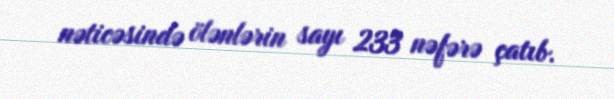
nəticəsində ölənlərin sayı 233 nəfərə çatıb.